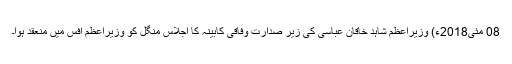
08 مئی2018ء) وزیراعظم شاہد خاقان عباسی کی زیر صدارت وفاقی کابینہ کا اجلاس منگل کو وزیراعظم آفس میں منعقد ہوا۔